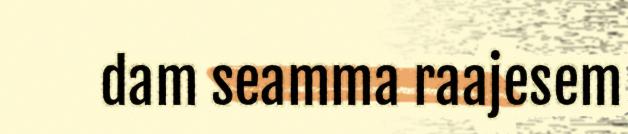
dam seamma raajesem